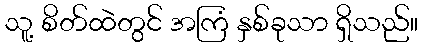
သူ့ စိတ်ထဲတွင် အကြံ နှစ်ခုသာ ရှိသည်။